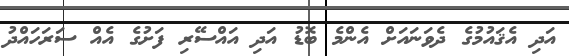
އަދި އެޤައުމުގެ ދެވަނައަށް އެންމެ ބޮޑު އަދި އައްސޭރި ފަށުގެ އެއް ސަރަހައްދު